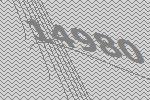
14980